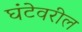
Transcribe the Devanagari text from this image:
घंटेवरील